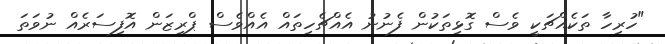
"ހުރިހާ ތަކެއްޗަކީ ވެސް ގޮޅިތަކުން ފެނުނު އެއްޗެހިތައް އެއްވެސް ޕްރިޒަން އޮފިސަރެއް ނުވަތަ